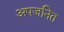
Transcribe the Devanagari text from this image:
अपजनित